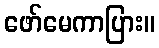
ဖော်မေကာပြား။